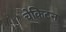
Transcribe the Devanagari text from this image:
चेकिटन